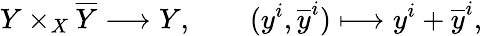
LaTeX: Y\times_{X}{\overline{{Y}}}\longrightarrow Y,\qquad(y^{i},{\overline{{y}}}^{i})\longmapsto y^{i}+{\overline{{y}}}^{i},